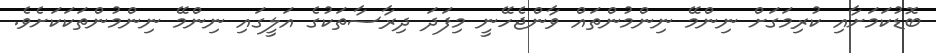
ބޮޑުކަމަށާއި ކުރިމަގަށް ނިންމޭ ނިންމުންތައް ވާންޖެހޭނީ މިފަދަ ދިރާސާތަކުގެ އަލީގައި ނިންމޭ ނިންމުންތަކަކަށެވެ.